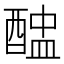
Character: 𨡵